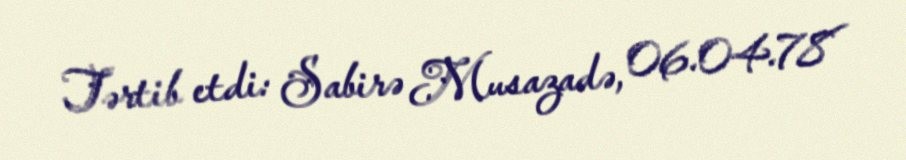
Tərtib etdi: Sabirə Musazadə, 06.04.78